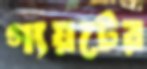
গ্যয়টের